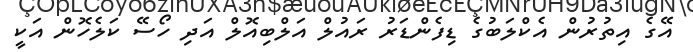
އޭގެ އިތުރުން އެކްލަބުގެ ޑިފެންޑަރު ރައުލް އަލްބިއޮލް އަދި ހޯސޭ ކަލެހޮން އަކީ